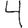
Digit: 4